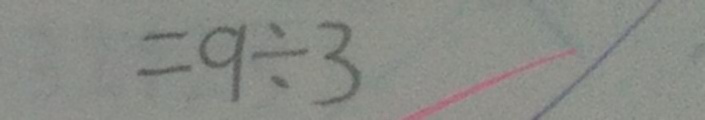
= 9 \div 3